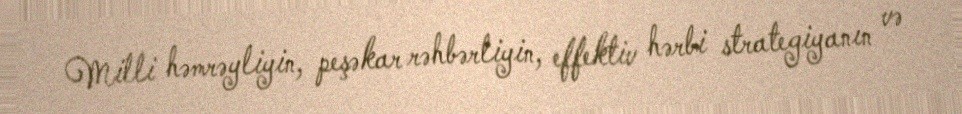
Milli həmrəyliyin, peşəkar rəhbərliyin, effektiv hərbi strategiyanın və